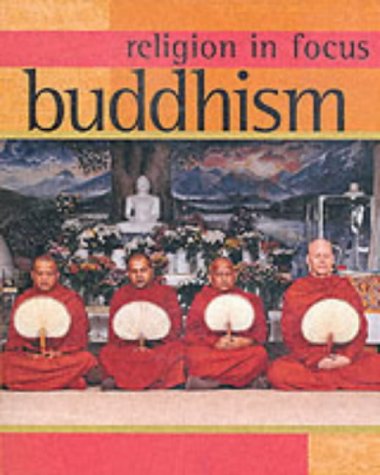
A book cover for Buddhism (Religion in Focus); Geoff Teece; Children's Books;